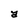
Character: a